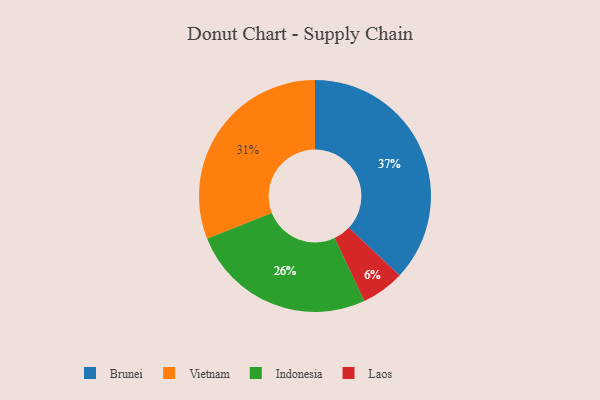
{"axis": {"x": "Category", "y": "Percentage"}, "legend": ["Brunei", "Indonesia", "Laos", "Vietnam"], "data": [{"x": "Vietnam", "y": 31, "type": "Vietnam"}, {"x": "Brunei", "y": 37, "type": "Brunei"}, {"x": "Laos", "y": 6, "type": "Laos"}, {"x": "Indonesia", "y": 26, "type": "Indonesia"}]}